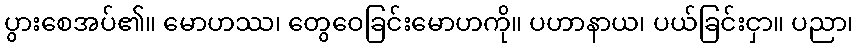
ပွားစေအပ်၏။ မောဟဿ၊ တွေဝေခြင်းမောဟကို။ ပဟာနာယ၊ ပယ်ခြင်းငှာ။ ပညာ၊